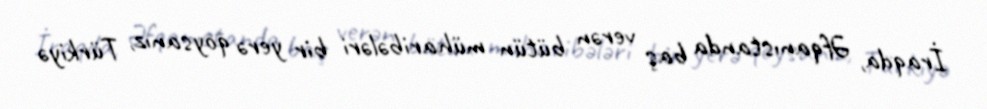
İraqda, Əfqanıstanda baş verən bütün müharibələri bir yerə qoysanız, Türkiyə